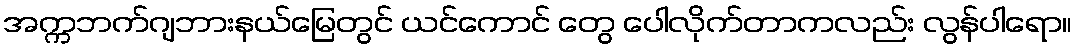
အက္ကဘက်ဂျဘားနယ်မြေတွင် ယင်ကောင် တွေ ပေါလိုက်တာကလည်း လွန်ပါရော။